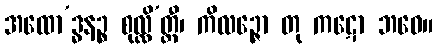
အထော’ဒ္ဓနဉ္စ စုလ္လိ’တ္ထီ၊ ကိလဉ္ဇော တု ကဋော ဘဝေ။